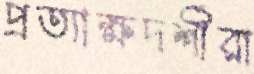
প্রত্যাক্ষদর্শীরা